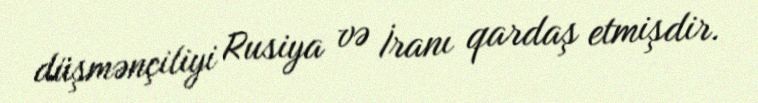
düşmənçiliyi Rusiya və İranı qardaş etmişdir.